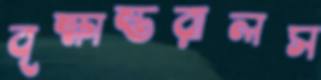
বৃক্ষান্তরালস